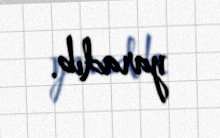
yaradıb.